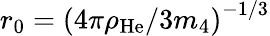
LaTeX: r_{0}=\left(4\pi\rho_{\mathrm{He}}/3m_{4}\right)^{-1/3}